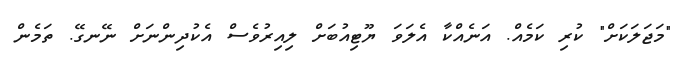
"މަޖަލަކަށް" ކުރި ކަމެއް. އަނެއްކާ އެލަވަ ޔޫޓިއުބަށް ލިއިރުވެސް އެކުދިންނަށް ނޭނގޭ. ތަމެން